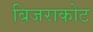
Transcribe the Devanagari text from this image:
बिजराकोट